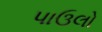
પાઉલો